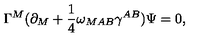
\Gamma ^ { M } ( \partial _ { M } + { \frac { 1 } { 4 } } \omega _ { M A B } \gamma ^ { A B } ) \Psi = 0 ,